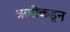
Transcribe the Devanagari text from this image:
ऋषीकडून